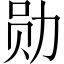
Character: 勋